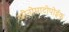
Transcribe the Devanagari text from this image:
ओनोमाटोपोईक